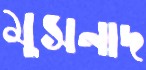
মুসনাদ